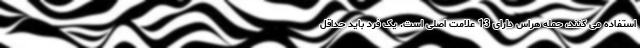
استفاده می کنند، حمله هراس دارای 13 علامت اصلی است. یک فرد باید حداقل